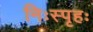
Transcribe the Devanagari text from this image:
निःस्पृहः